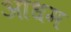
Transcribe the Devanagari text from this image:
आधम